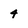
Character: 4